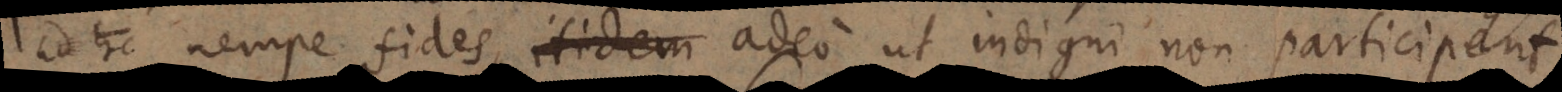
nempe fides itidem adeo ut indigni non participent